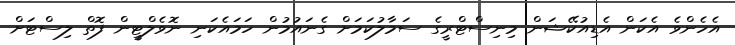
އެހެންވެ އެކަން އެޑިއުކޭޝަން މިނިސްޓްރީގެ ސަމާލުކަމަށް ގެނައުމުން ހަމައެކަނި ނޮވެލްޓީން ފޮތް ލިސްޓަށް